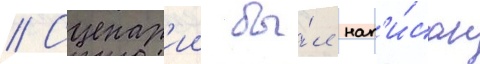
// Сценар'ии бы́л нап'и́сан